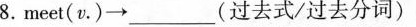
meet（v\cdot ）\to ___（过去式/过去分词）